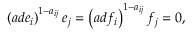
\left( a d e _ { i } \right) ^ { 1 - a _ { i j } } e _ { j } = \left( a d f _ { i } \right) ^ { 1 - a _ { i j } } f _ { j } = 0 ,